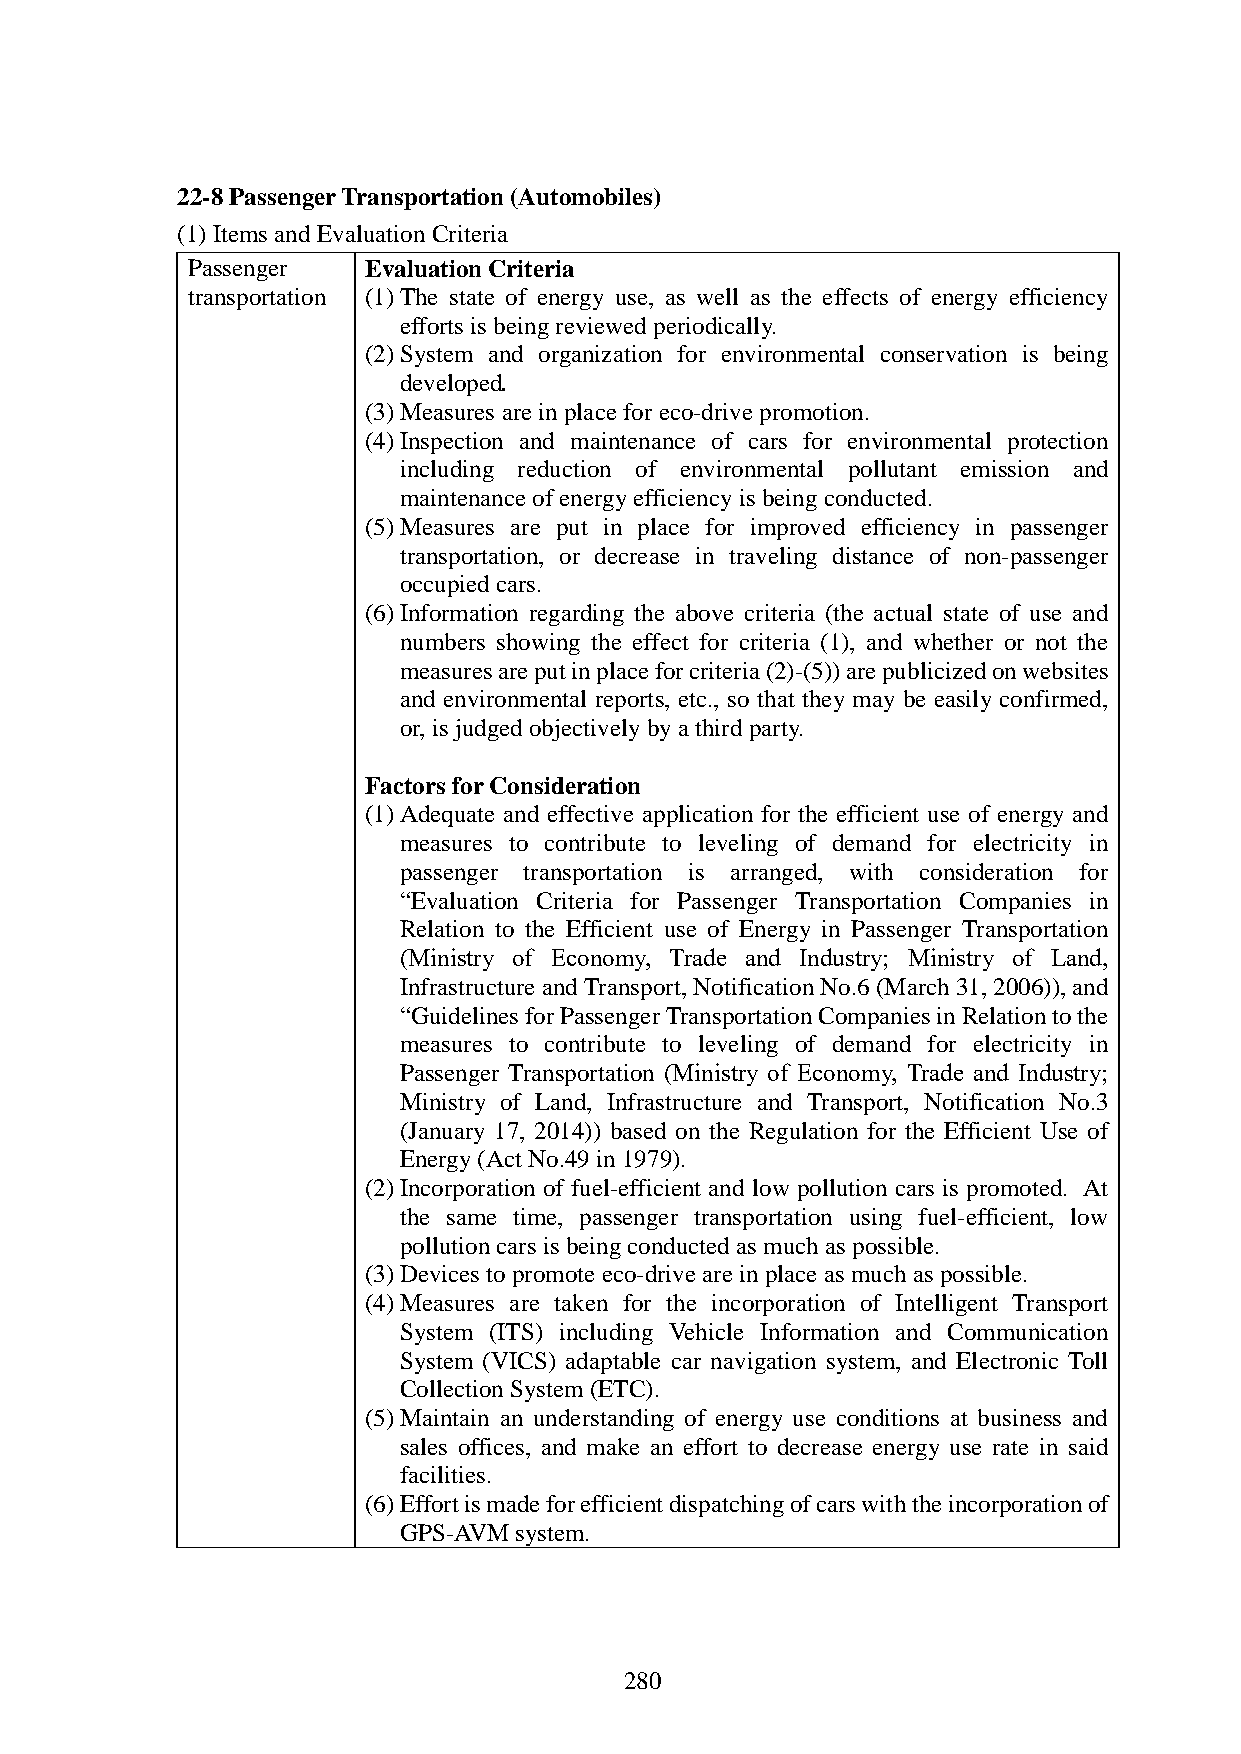
22-8 Passenger Transportation (Automobiles)
 (1) Items and Evaluation Criteria
 Passenger   Evaluation Criteria
 transportation (1) The state of energy use, as well as the effects of energy efficiency
 efforts is being reviewed periodically.
 (2) System and organization for environmental conservation is being
 developed.
 (3) Measures are in place for eco-drive promotion.
 (4) Inspection and maintenance of cars for environmental protection
 including reduction of environmental pollutant emission and
 maintenance of energy efficiency is being conducted.
 (5) Measures are put in place for improved efficiency in passenger
 transportation, or decrease in traveling distance of non-passenger
 occupied cars.
 (6) Information regarding the above criteria (the actual state of use and
 numbers showing the effect for criteria (1), and whether or not the
 measures are put in place for criteria (2)-(5)) are publicized on websites
 and environmental reports, etc., so that they may be easily confirmed,
 or, is judged objectively by a third party.
 Factors for Consideration
 (1) Adequate and effective application for the efficient use of energy and
 measures to contribute to leveling of demand for electricity in
 passenger transportation is arranged, with consideration for
 “Evaluation Criteria for Passenger Transportation Companies in
 Relation to the Efficient use of Energy in Passenger Transportation
 (Ministry of Economy, Trade and Industry; Ministry of Land,
 Infrastructure and Transport, Notification No.6 (March 31, 2006)), and
 “Guidelines for Passenger Transportation Companies in Relation to the
 measures to contribute to leveling of demand for electricity in
 Passenger Transportation (Ministry of Economy, Trade and Industry;
 Ministry of Land, Infrastructure and Transport, Notification No.3
 (January 17, 2014)) based on the Regulation for the Efficient Use of
 Energy (Act No.49 in 1979).
 (2) Incorporation of fuel-efficient and low pollution cars is promoted. At
 the same time, passenger transportation using fuel-efficient, low
 pollution cars is being conducted as much as possible.
 (3) Devices to promote eco-drive are in place as much as possible.
 (4) Measures are taken for the incorporation of Intelligent Transport
 System (ITS) including Vehicle Information and Communication
 System (VICS) adaptable car navigation system, and Electronic Toll
 Collection System (ETC).
 (5) Maintain an understanding of energy use conditions at business and
 sales offices, and make an effort to decrease energy use rate in said
 facilities.
 (6) Effort is made for efficient dispatching of cars with the incorporation of
 GPS-AVM system.
 280